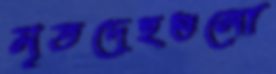
মৃতদেহগুলো